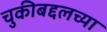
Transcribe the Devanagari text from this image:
चुकीबद्दलच्या